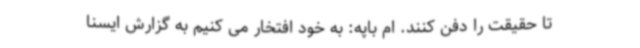
تا حقیقت را دفن کنند. ام باپه: به خود افتخار می کنیم به گزارش ایسنا